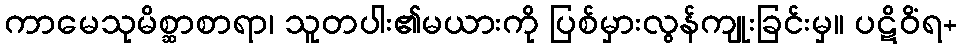
ကာမေသုမိစ္ဆာစာရာ၊ သူတပါး၏မယားကို ပြစ်မှားလွန်ကျုးခြင်းမှ။ ပဋိဝိံရ+